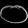
Digit: ၀